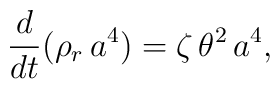
\frac{d}{dt}(\rho_r\,a^4)=\zeta\, \theta^2\,a^4,